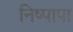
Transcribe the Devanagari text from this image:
निष्पापा